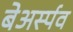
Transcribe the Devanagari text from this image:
बेअर्स्पव